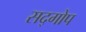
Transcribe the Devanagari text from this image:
सद्गोप